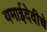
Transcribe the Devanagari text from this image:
यमाईदेवीचे